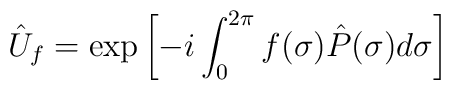
\hat{U}_f 	= 	\exp		\left[			- i \int_0^{2 \pi} f( \sigma ) \hat{P} ( \sigma ) d \sigma 		\right]